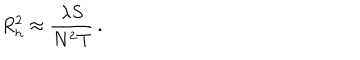
R _ { \mathrm { h } } ^ { 2 } \approx { \frac { \lambda S } { N ^ { 2 } T } } \, .